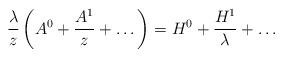
LaTeX: \begin{align*}\frac{\lambda}{z}\left(A^0+\frac{A^1}{z}+\dots\right)=H^0+\frac{H^1}{\lambda}+\dots\end{align*}